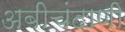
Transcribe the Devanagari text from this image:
अबीचंदाणी